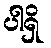
ပါရှိ